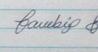
Signature authenticity: genuine